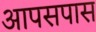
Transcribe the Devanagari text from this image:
आपसपास